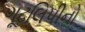
ગૂઢલિપીનો